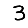
Digit: 3